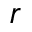
r